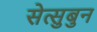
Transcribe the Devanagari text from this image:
सेत्सुबुन